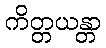
ကိတ္တယန္တာ